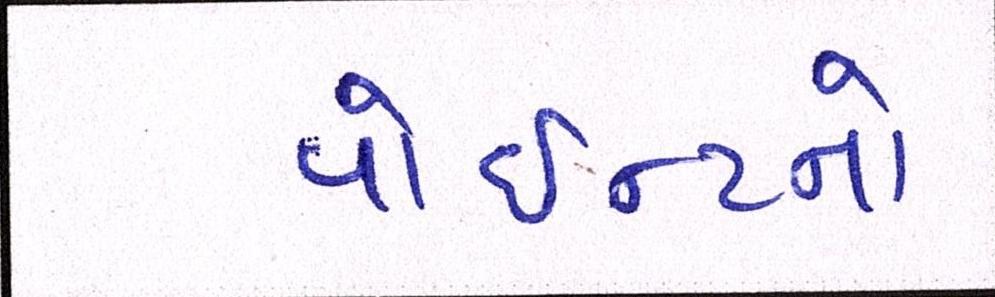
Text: પોઇન્ટનો